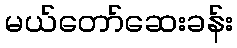
မယ်တော်ဆေးခန်း